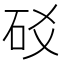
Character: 䂚